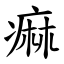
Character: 痲